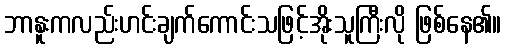
ဘာနူးကလည်းဟင်းချက်ကောင်းသဖြင့်အိုးသူကြီးလို ဖြစ်နေ၏။